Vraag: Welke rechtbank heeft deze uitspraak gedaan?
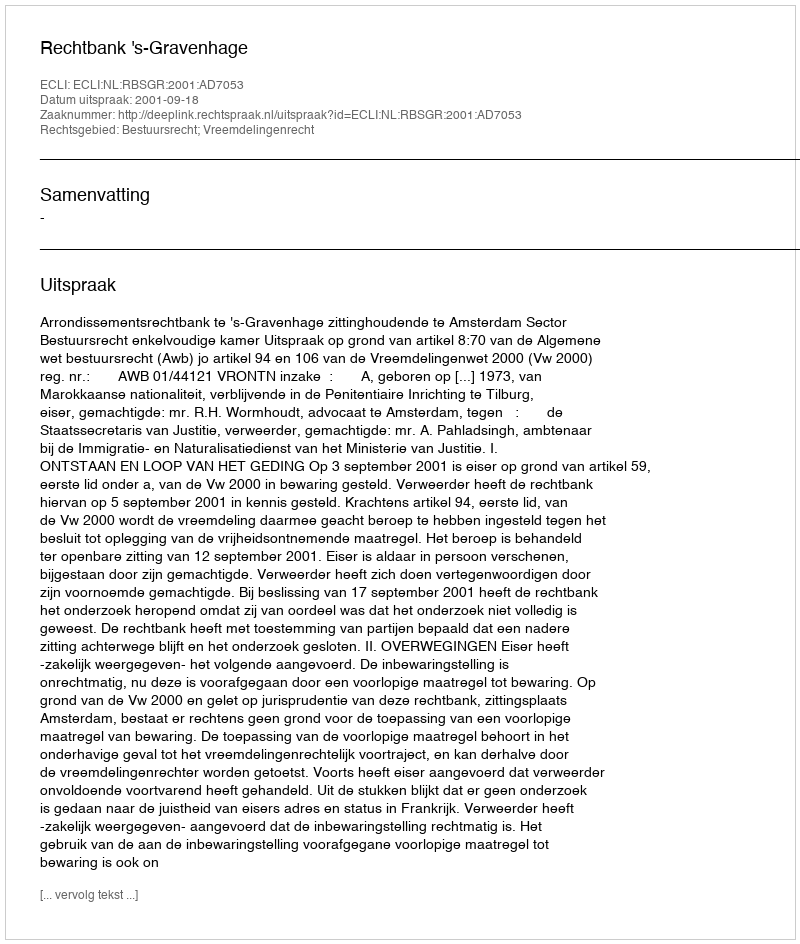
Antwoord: Rechtbank 's-Gravenhage